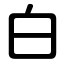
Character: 白